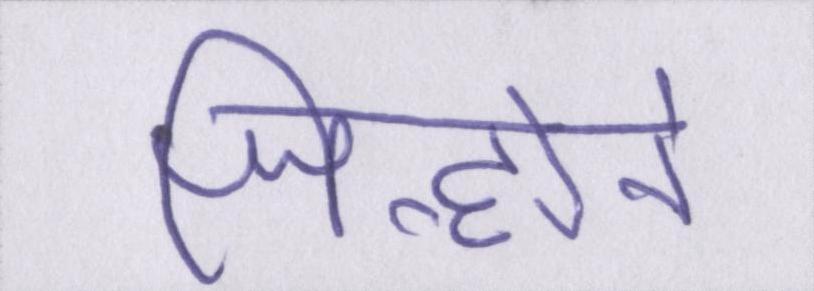
जिन्होने